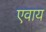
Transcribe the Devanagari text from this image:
एवाय